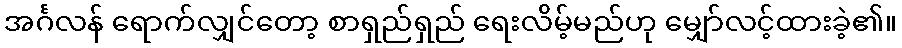
အင်္ဂလန် ရောက်လျှင်တော့ စာရှည်ရှည် ရေးလိမ့်မည်ဟု မျှော်လင့်ထားခဲ့၏။